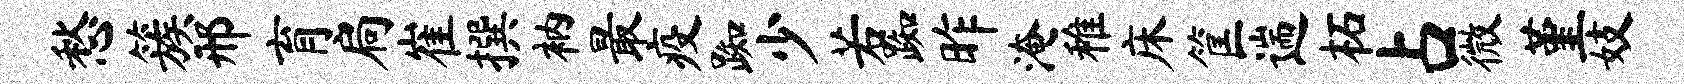
愁簇邢育扃崔撰衲最疫踟少若踟昨淹稚床筐遄柘占微堇妓